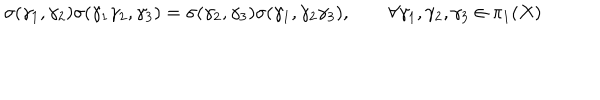
LaTeX: \sigma ( \gamma _ { 1 } , \gamma _ { 2 } ) \sigma ( \gamma _ { 1 } \gamma _ { 2 } , \gamma _ { 3 } ) = \sigma ( \gamma _ { 2 } , \gamma _ { 3 } ) \sigma ( \gamma _ { 1 } , \gamma _ { 2 } \gamma _ { 3 } ) , \qquad \forall \gamma _ { 1 } , \gamma _ { 2 } , \gamma _ { 3 } \in \pi _ { 1 } ( X )